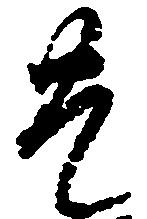
豊